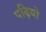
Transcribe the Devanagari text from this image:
पढ़ियो